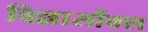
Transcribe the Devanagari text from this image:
विल्लार्सौक्स